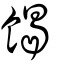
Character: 餲